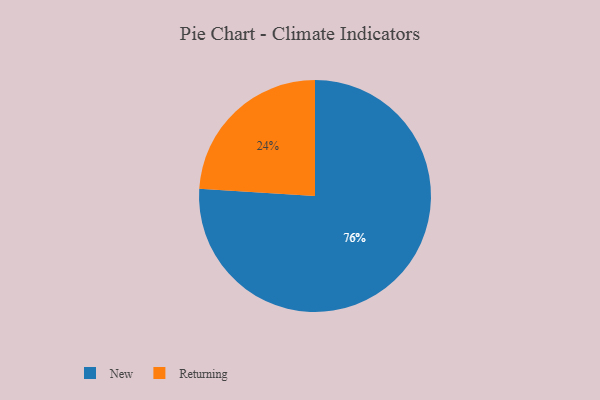
{"axis": {"x": "Category", "y": "Percentage"}, "legend": ["New", "Returning"], "data": [{"x": "New", "y": 76, "type": "New"}, {"x": "Returning", "y": 24, "type": "Returning"}]}